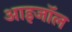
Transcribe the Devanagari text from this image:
आइजॉल